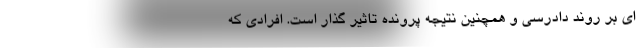
ای بر روند دادرسی و همچنین نتیجه پرونده تاثیر گذار است. افرادی که